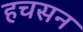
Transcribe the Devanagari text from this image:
हचसन